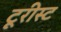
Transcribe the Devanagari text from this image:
टूरीस्ट